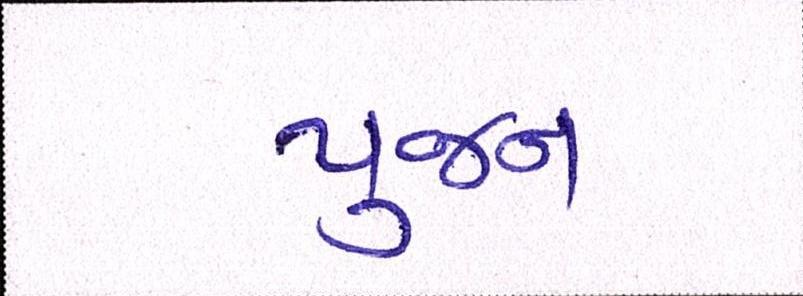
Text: પુજન